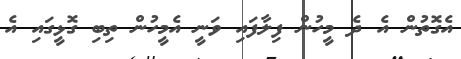
އެގޮތުން އެ ދެ މީހުން ފިލާފައި ވަނީ އެމީހުން ތިބި ގޮޅީގައި އެ